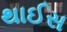
થાઈસ